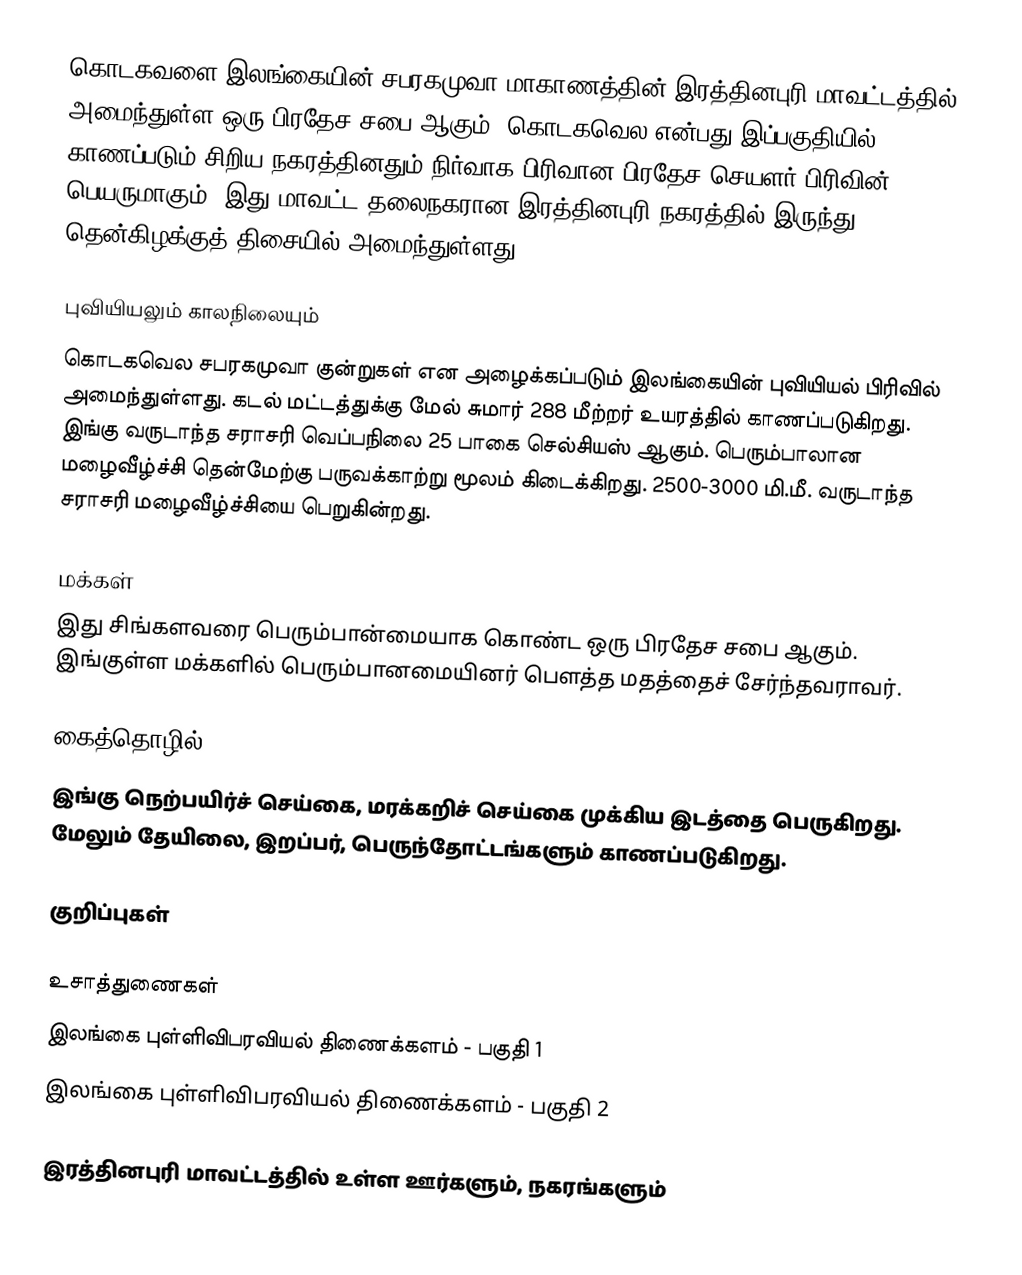
கொடகவளை இலங்கையின் சபரகமுவா மாகாணத்தின் இரத்தினபுரி மாவட்டத்தில் அமைந்துள்ள ஒரு பிரதேச சபை ஆகும். கொடகவெல என்பது இப்பகுதியில் காணப்படும்  சிறிய நகரத்தினதும் நிர்வாக பிரிவான பிரதேச செயளர் பிரிவின் பெயருமாகும். இது மாவட்ட தலைநகரான இரத்தினபுரி நகரத்தில் இருந்து  தென்கிழக்குத் திசையில்  அமைந்துள்ளது.

புவியியலும் காலநிலையும்
கொடகவெல  சபரகமுவா குன்றுகள் என அழைக்கப்படும்  இலங்கையின் புவியியல் பிரிவில் அமைந்துள்ளது. கடல் மட்டத்துக்கு மேல் சுமார் 288 மீற்றர்  உயரத்தில் காணப்படுகிறது. இங்கு வருடாந்த சராசரி வெப்பநிலை 25 பாகை செல்சியஸ் ஆகும். பெரும்பாலான மழைவீழ்ச்சி தென்மேற்கு பருவக்காற்று மூலம் கிடைக்கிறது. 2500-3000 மி.மீ. வருடாந்த சராசரி மழைவீழ்ச்சியை பெறுகின்றது.

மக்கள்
இது சிங்களவரை பெரும்பான்மையாக கொண்ட ஒரு பிரதேச சபை ஆகும். இங்குள்ள மக்களில் பெரும்பானமையினர் பௌத்த மதத்தைச் சேர்ந்தவராவர்.

கைத்தொழில்
இங்கு நெற்பயிர்ச் செய்கை, மரக்கறிச் செய்கை முக்கிய இடத்தை பெருகிறது. மேலும் தேயிலை, இறப்பர், பெருந்தோட்டங்களும் காணப்படுகிறது.

குறிப்புகள்

உசாத்துணைகள்
 இலங்கை புள்ளிவிபரவியல் திணைக்களம் - பகுதி 1
 இலங்கை புள்ளிவிபரவியல் திணைக்களம் - பகுதி 2

இரத்தினபுரி மாவட்டத்தில் உள்ள ஊர்களும், நகரங்களும்